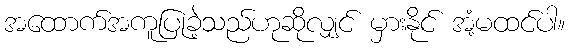
အထောက်အကူပြုခဲ့သည်ဟုဆိုလျှင် မှားနိုင် အံ့မထင်ပါ။